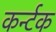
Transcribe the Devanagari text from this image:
कर्न्टक